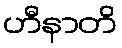
ဟီနာတိ